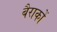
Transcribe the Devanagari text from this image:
बैराकों